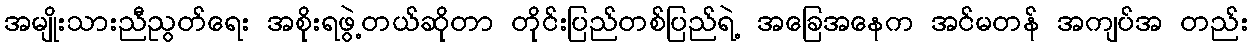
အမျိုးသားညီညွတ်ရေး အစိုးရဖွဲ့တယ်ဆိုတာ တိုင်းပြည်တစ်ပြည်ရဲ့ အခြေအနေက အင်မတန် အကျပ်အ တည်း